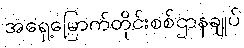
အရှေ့မြောက်တိုင်းစစ်ဌာနချုပ်